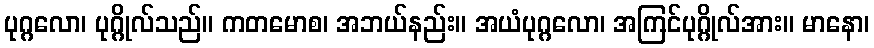
ပုဂ္ဂလော၊ ပုဂ္ဂိုလ်သည်။ ကတမောစ၊ အဘယ်နည်း။ အယံပုဂ္ဂလော၊ အကြင်ပုဂ္ဂိုလ်အား။ မာနော၊